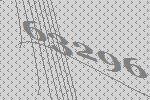
63296